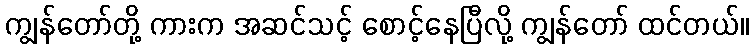
ကျွန်တော်တို့ ကားက အဆင်သင့် စောင့်နေပြီလို့ ကျွန်တော် ထင်တယ်။